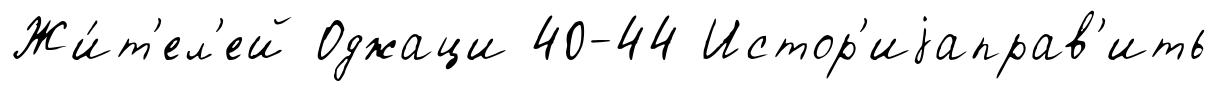
Жи́т'ел'ей Оджаци 40-44 Истор'иjаправ'ить